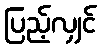
ပြည့်လျှင်